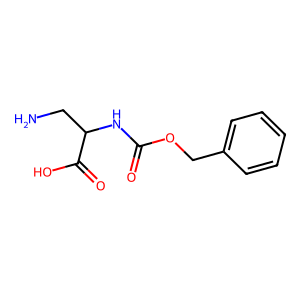
SMILES: NCC(NC(=O)OCc1ccccc1)C(=O)O
Inhibits HIV replication: No